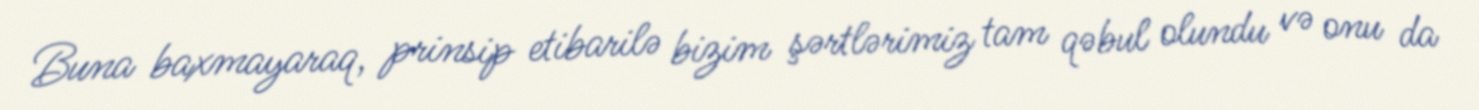
Buna baxmayaraq, prinsip etibarilə bizim şərtlərimiz tam qəbul olundu və onu da